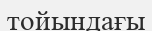
тойындағы